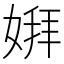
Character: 𫱋